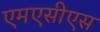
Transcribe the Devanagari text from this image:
एमएसीएस